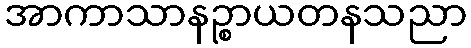
အာကာသာနဉ္စာယတနသညာ